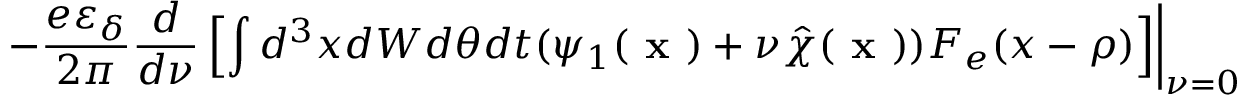
\left. - \frac { e \varepsilon _ { \delta } } { 2 \pi } \frac { d } { d \nu } \left[ \int d ^ { 3 } x d W d \theta d t ( \psi _ { 1 } ( \textbf { x } ) + \nu \hat { \chi } ( \textbf { x } ) ) F _ { e } ( x - \rho ) \right] \right\vert _ { \nu = 0 }